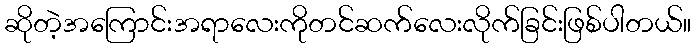
ဆိုတဲ့အကြောင်းအရာလေးကိုတင်ဆက်လေးလိုက်ခြင်းဖြစ်ပါတယ်။